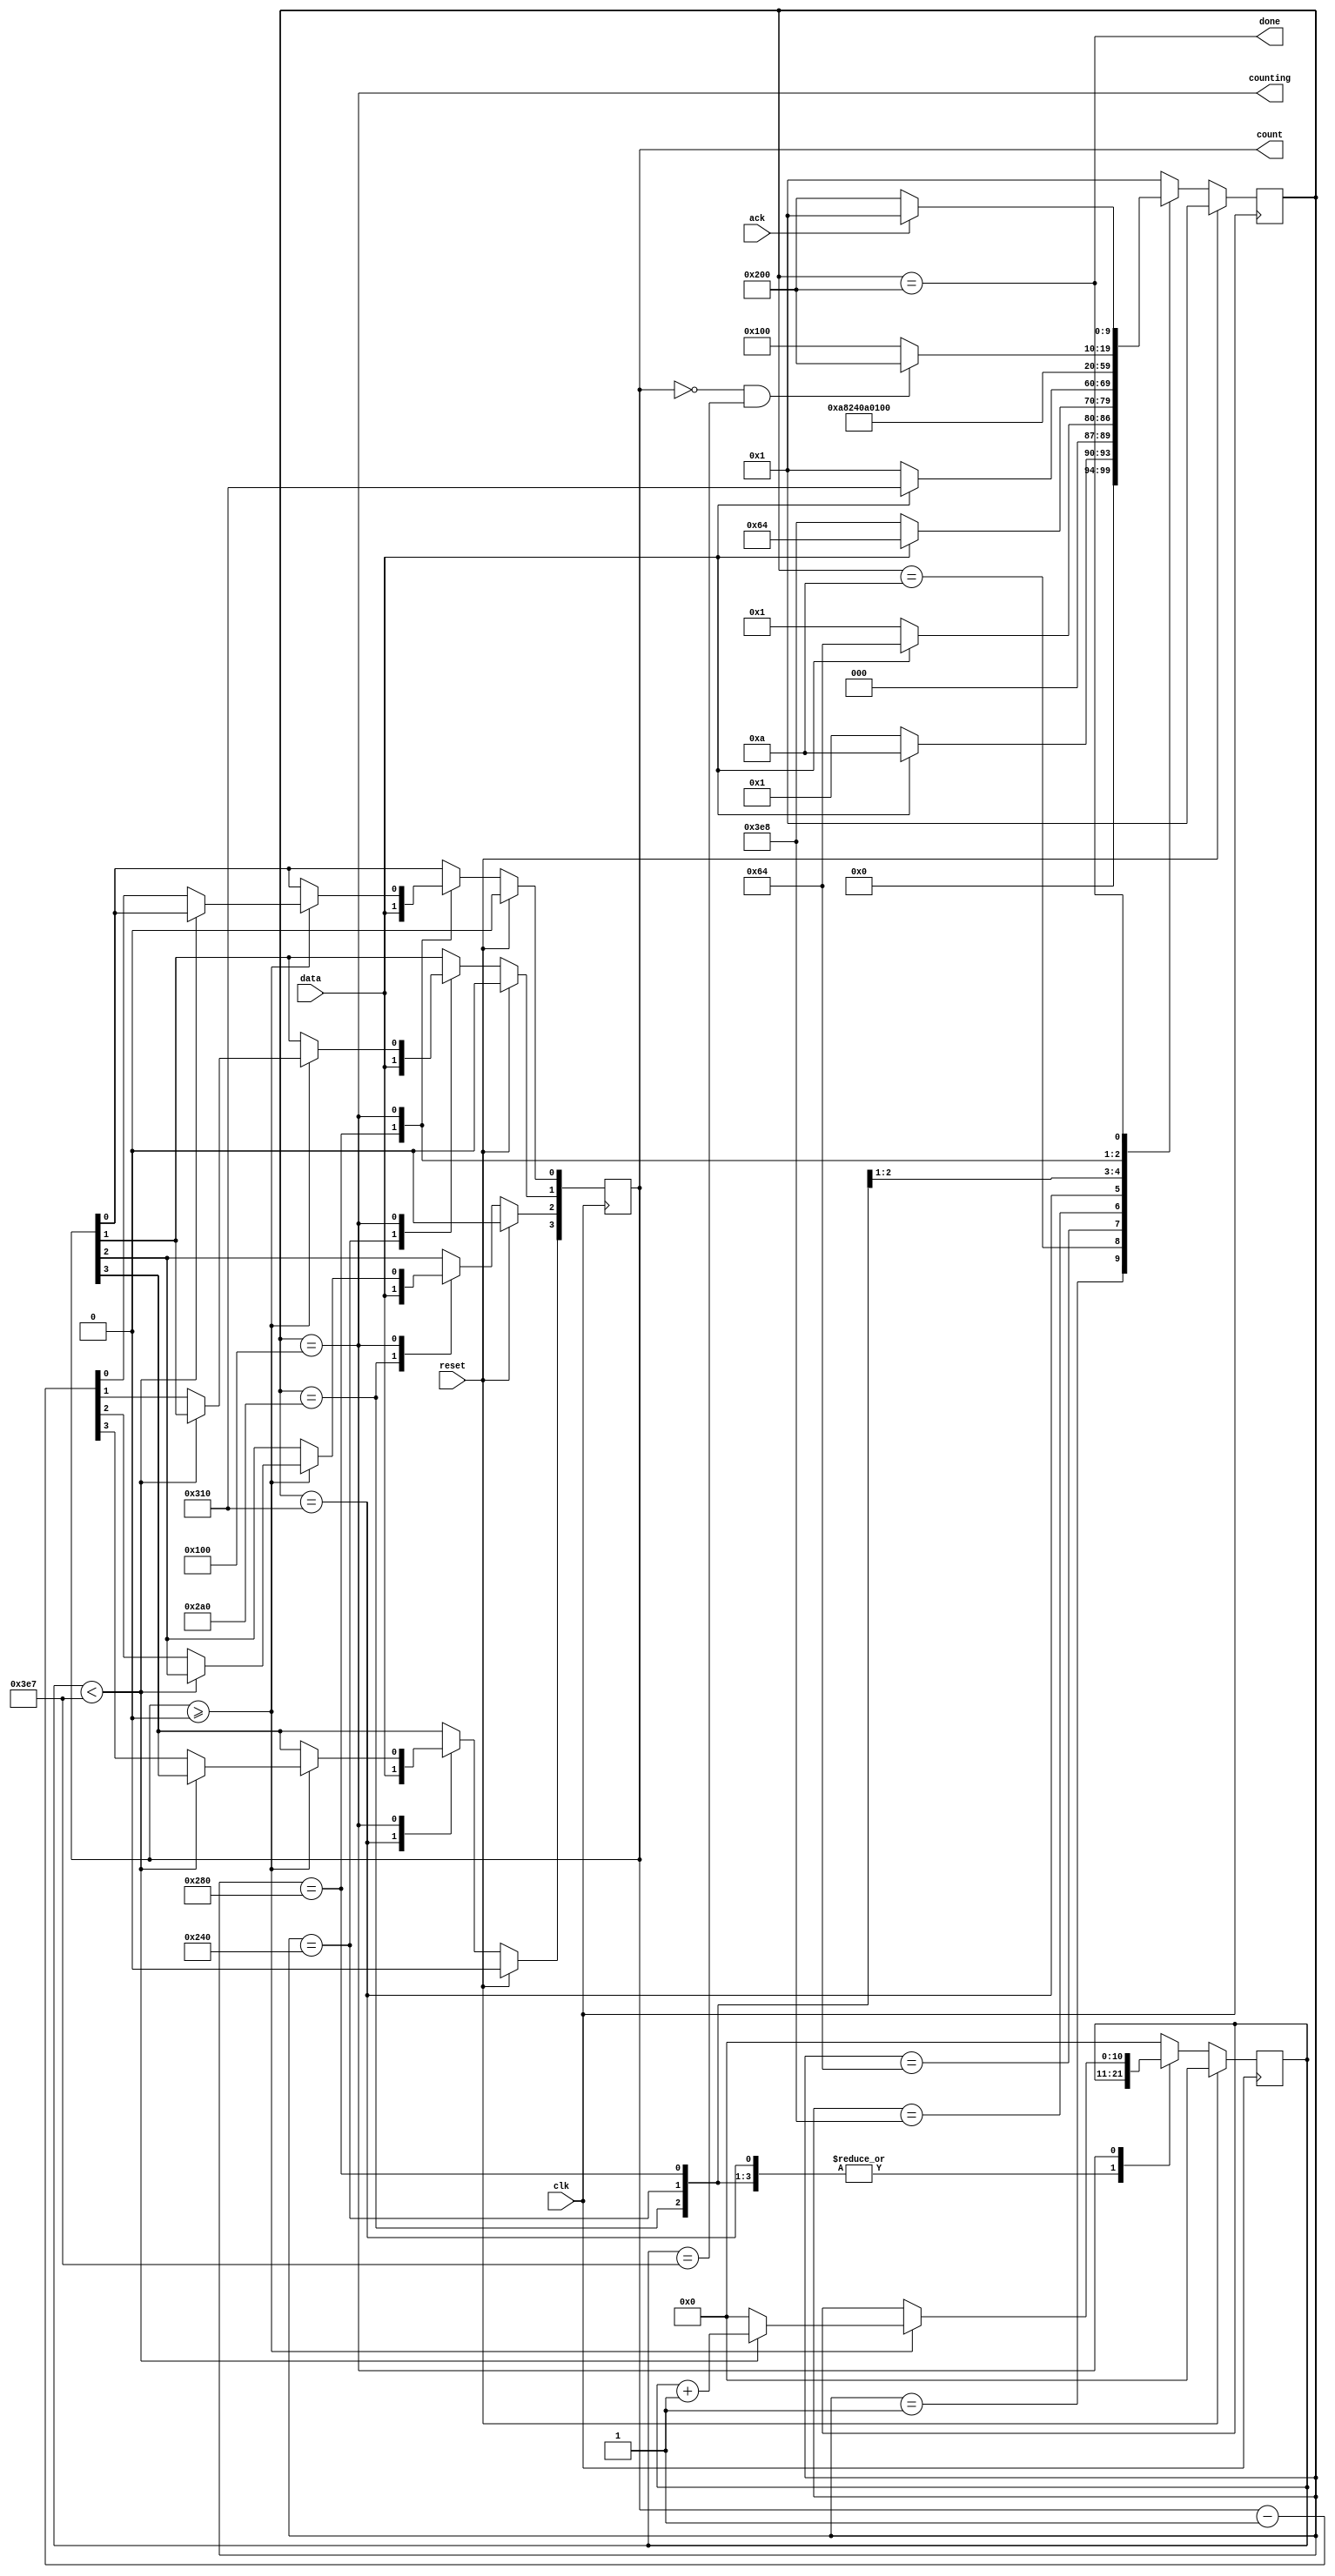
module top_module (
    input clk,
    input reset,      // Synchronous reset
    input data,
    output reg [3:0] count,
    output counting,
    output done,
    input ack );
    parameter idle=      10'd000_000_000_1;
    parameter data_1=    10'd000_000_001_0;
    parameter data_11=   10'd000_000_010_0;
    parameter data_110=  10'd000_000_100_0;
    parameter shift_ena0=10'd000_001_000_0;
    parameter shift_ena1=10'd000_010_000_0;
    parameter shift_ena2=10'd000_100_000_0;
    parameter shift_ena3=10'd001_000_000_0;
    parameter cnting=    10'd010_000_000_0;
    parameter do_ne=     10'd100_000_000_0;
    reg [9:0]state;
    reg [9:0]next;
    reg [10:0]counter;
    reg ok;//ok为1时，cnting跳转到do_ne状态，否则继续cnting状态
    always @(posedge clk ) begin
        if (reset) begin
            state<=idle;
        end
        else  begin
            state<=next;
        end
    end
    always @(posedge clk ) begin
        if (reset) begin
            counter<=0;
            count<=0;
            ok<=0;
        end
        else  begin
            case(state)
            shift_ena0:begin
                count[3]<=data;
            end
            shift_ena1:begin
                count[2]<=data;
            end
            shift_ena2:begin
                count[1]<=data;
            end
            shift_ena3:begin
                count[0]<=data;
            end
            cnting:begin
                if (count>=0) begin//count>=0时，每循环1000次，count-1
                    if (counter<999) begin
                        counter<=counter+1;
                    end
                    else begin
                        count<=count-1;
                        counter<=0;
                    end
                end
            end
            default:begin
                counter=0;
                ok=0;
            end
            endcase
        end
    end
    always @(*) begin
        case(state)
        idle:begin
            if (data) begin
                next=data_1;
            end
            else begin
                next=idle;
            end
        end
        data_1:    begin
            if (data) begin
                next=data_11;
            end
            else begin
                next=idle;
            end
        end
        data_11:   begin
            if (data) begin
                next=data_11;
            end
            else begin
                next=data_110;
            end
        end
        data_110:  begin
            if (data) begin
                next=shift_ena0;
            end
            else begin
                next=idle;
            end
        end
        shift_ena0:begin
            //count[3]=data;不能在不同的逻辑块中对变量进行赋值
            next=shift_ena1;
        end
        shift_ena1:begin
            //count[2]=data;
            next=shift_ena2;
        end
        shift_ena2:begin
            //count[1]=data;
            next=shift_ena3;
        end
        shift_ena3:begin
            //count[0]=data;
            next=cnting;
        end
        cnting    :begin
            if (count==0&&counter==999) begin//状态的衔接跳转，要注意跳转条件
                next=do_ne;
            end
            else begin
                next=cnting;
            end
        end
        do_ne     :begin
            if (~ack) begin
                next=do_ne;
            end
            else begin
                next=idle;
            end
        end
        default:next=idle;
        endcase
    end
assign counting =(state ==cnting);
assign done = (state==do_ne);
endmodule